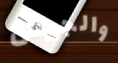
والجيش